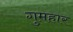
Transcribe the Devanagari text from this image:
गुमहार